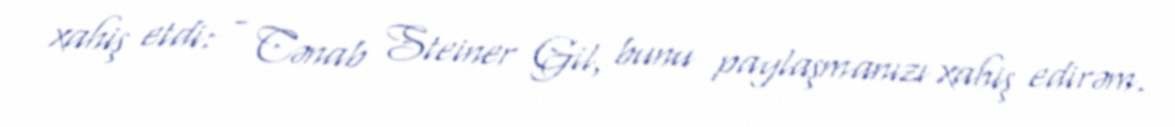
xahiş etdi: - Cənab Steiner Gil, bunu paylaşmanızı xahiş edirəm.